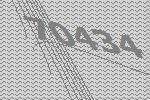
70434